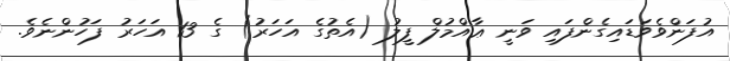
އުފަންވެވަޑައިގެންފައި ވަނީ ޢާއްމުލް ފީލު (އެތުގެ އަހަރު) ގެ 13 އަހަރު ފަހުންނެވެ.